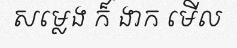
សម្លេង ក៏ ងាក មើល